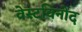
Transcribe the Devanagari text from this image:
वेस्टविनोद